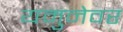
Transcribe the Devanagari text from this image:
यमुनेवर